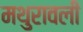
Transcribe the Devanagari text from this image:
मथुरावली